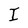
Character: I